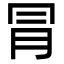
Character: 冐